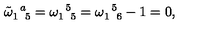
\tilde { \omega } _ { 1 \enskip 5 } ^ { \enskip a } = \omega _ { 1 \enskip 5 } ^ { \enskip 5 } = \omega _ { 1 \enskip 6 } ^ { \enskip 5 } - 1 = 0 ,